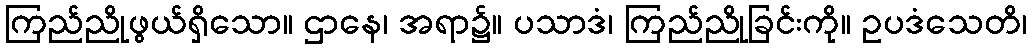
ကြည်ညိုဖွယ်ရှိသော။ ဌာနေ၊ အရာ၌။ ပသာဒံ၊ ကြည်ညိုခြင်းကို။ ဥပဒံသေတိ၊